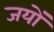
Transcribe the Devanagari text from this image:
जयों